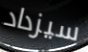
سيزداد